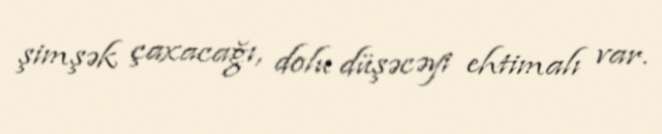
şimşək çaxacağı, dolu düşəcəyi ehtimalı var.